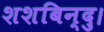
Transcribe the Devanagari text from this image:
शशबिन्दु।